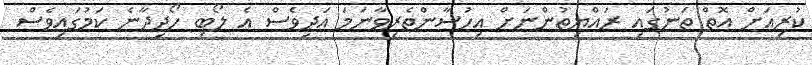
ކުރިއަށް އޮތް ތަނުގައި ރައްޔިތުންނަށް އިހުސާންތެރިވާނަމަ އަދިވެސް އެ ލޯބި ހޯދިދާނެ ކަމުގައިވެސް